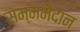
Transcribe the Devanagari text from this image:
सम्ममैदान